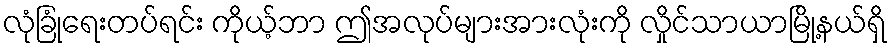
လုံခြုံရေးတပ်ရင်း ကိုယ့်ဘာ ဤအလုပ်များအားလုံးကို လှိုင်သာယာမြို့နယ်ရှိ